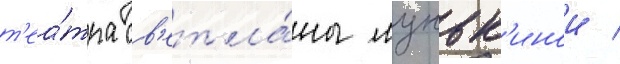
т'еа́тра св'етла́ны луньк'инои /